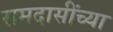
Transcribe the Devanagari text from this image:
रामदासींच्या